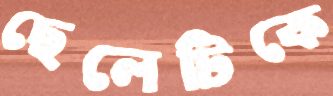
ছেলেটিকে